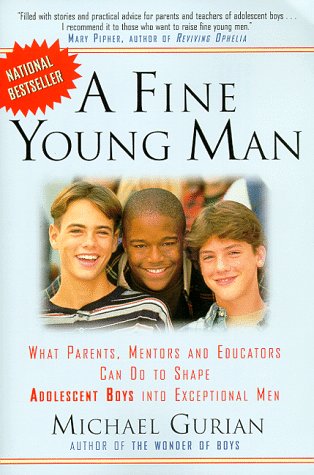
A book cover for A Fine Young Man: What Parents, Mentors, and Educators Can Do to Shape Adolescent Boys into Exceptional Men; Michael Gurian; Parenting & Relationships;